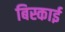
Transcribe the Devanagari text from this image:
बिस्काई